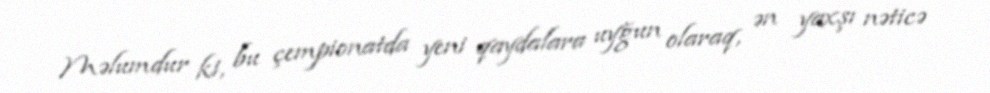
Məlumdur ki, bu çempionatda yeni qaydalara uyğun olaraq, ən yaxşı nəticə